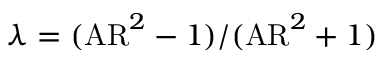
\lambda = ( { \mathrm { A R } ^ { 2 } - 1 } ) / ( { \mathrm { A R } ^ { 2 } + 1 } )